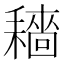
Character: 𱻶